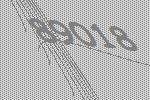
89018